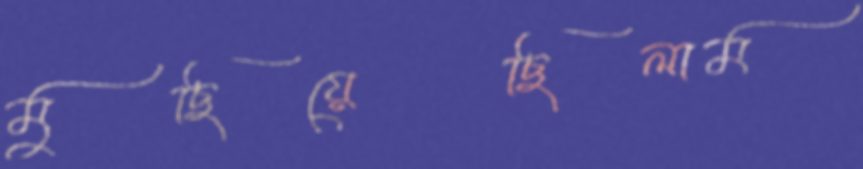
মুছিয়েছিলাম